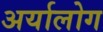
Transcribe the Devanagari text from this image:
अर्यालोग